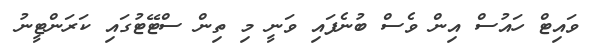
ވައިޓް ހައުސް އިން ވެސް ބުނެފައި ވަނީ މި ތިން ސްޓޭޓުގައި ކަރަންޓީނު